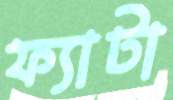
ফ্যাটা